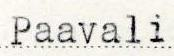
Paavali